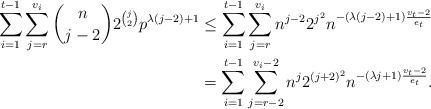
LaTeX: \begin{align*} \sum_{i=1}^{t-1}\sum_{j = r}^{v_i} \binom{n}{j-2} 2^{\binom{j}{2}} p^{\lambda(j-2)+1} &\leq \sum_{i=1}^{t-1} \sum_{j=r}^{v_i} n^{j-2} 2^{j^2} n^{-(\lambda (j-2) + 1)\frac{v_t-2}{e_t}} \\& = \sum_{i=1}^{t-1} \sum_{j=r-2}^{v_i-2} n^j 2^{(j+2)^2} n^{-(\lambda j + 1)\frac{v_t-2}{e_t}}. \end{align*}